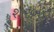
શરબત